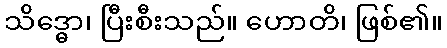
သိဒ္ဓော၊ ပြီးစီးသည်။ ဟောတိ၊ ဖြစ်၏။